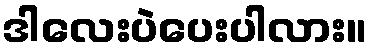
ဒါလေးပဲပေးပါလား။